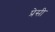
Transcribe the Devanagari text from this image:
प्रेसी